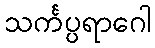
သင်္ကပ္ပရာဂေါ